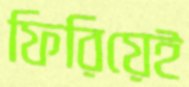
ফিরিয়েই